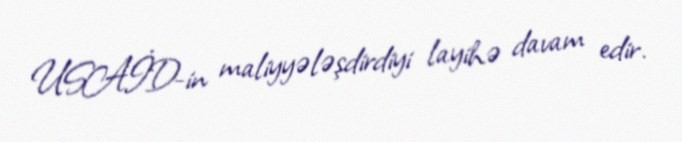
USAİD-in maliyyələşdirdiyi layihə davam edir.